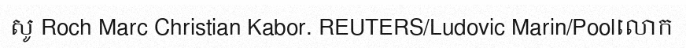
សូ Roch Marc Christian Kabor. REUTERS/Ludovic Marin/Poolលោក